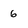
Character: 6